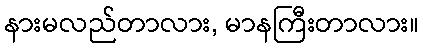
နားမလည်တာလား, မာနကြီးတာလား။